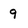
Character: 9